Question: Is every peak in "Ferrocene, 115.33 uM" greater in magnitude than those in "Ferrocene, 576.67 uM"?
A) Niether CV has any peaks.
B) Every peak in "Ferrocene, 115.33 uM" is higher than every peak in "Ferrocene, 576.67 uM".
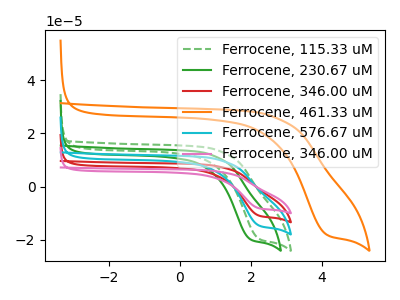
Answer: <think>The green dashed curve "Ferrocene, 115.33 uM" has a cathodic peak at: (2.20V, -19.60uA). The green curve "Ferrocene, 230.67 uM" has a cathodic peak at: (1.95V, -19.80uA). The red curve "Ferrocene, 346.00 uM" has a cathodic peak at: (2.20V, -29.30uA). The orange curve "Ferrocene, 461.33 uM" has a cathodic peak at: (4.10V, -18.05uA). The cyan curve "Ferrocene, 576.67 uM" has a cathodic peak at: (2.20V, -14.65uA). The pink curve "Ferrocene, 346.00 uM" has a cathodic peak at: (2.20V, -43.95uA).</think>
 <answer>B) Every peak in "Ferrocene, 115.33 uM" is higher than every peak in "Ferrocene, 576.67 uM".</answer>
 <eval>B</eval>